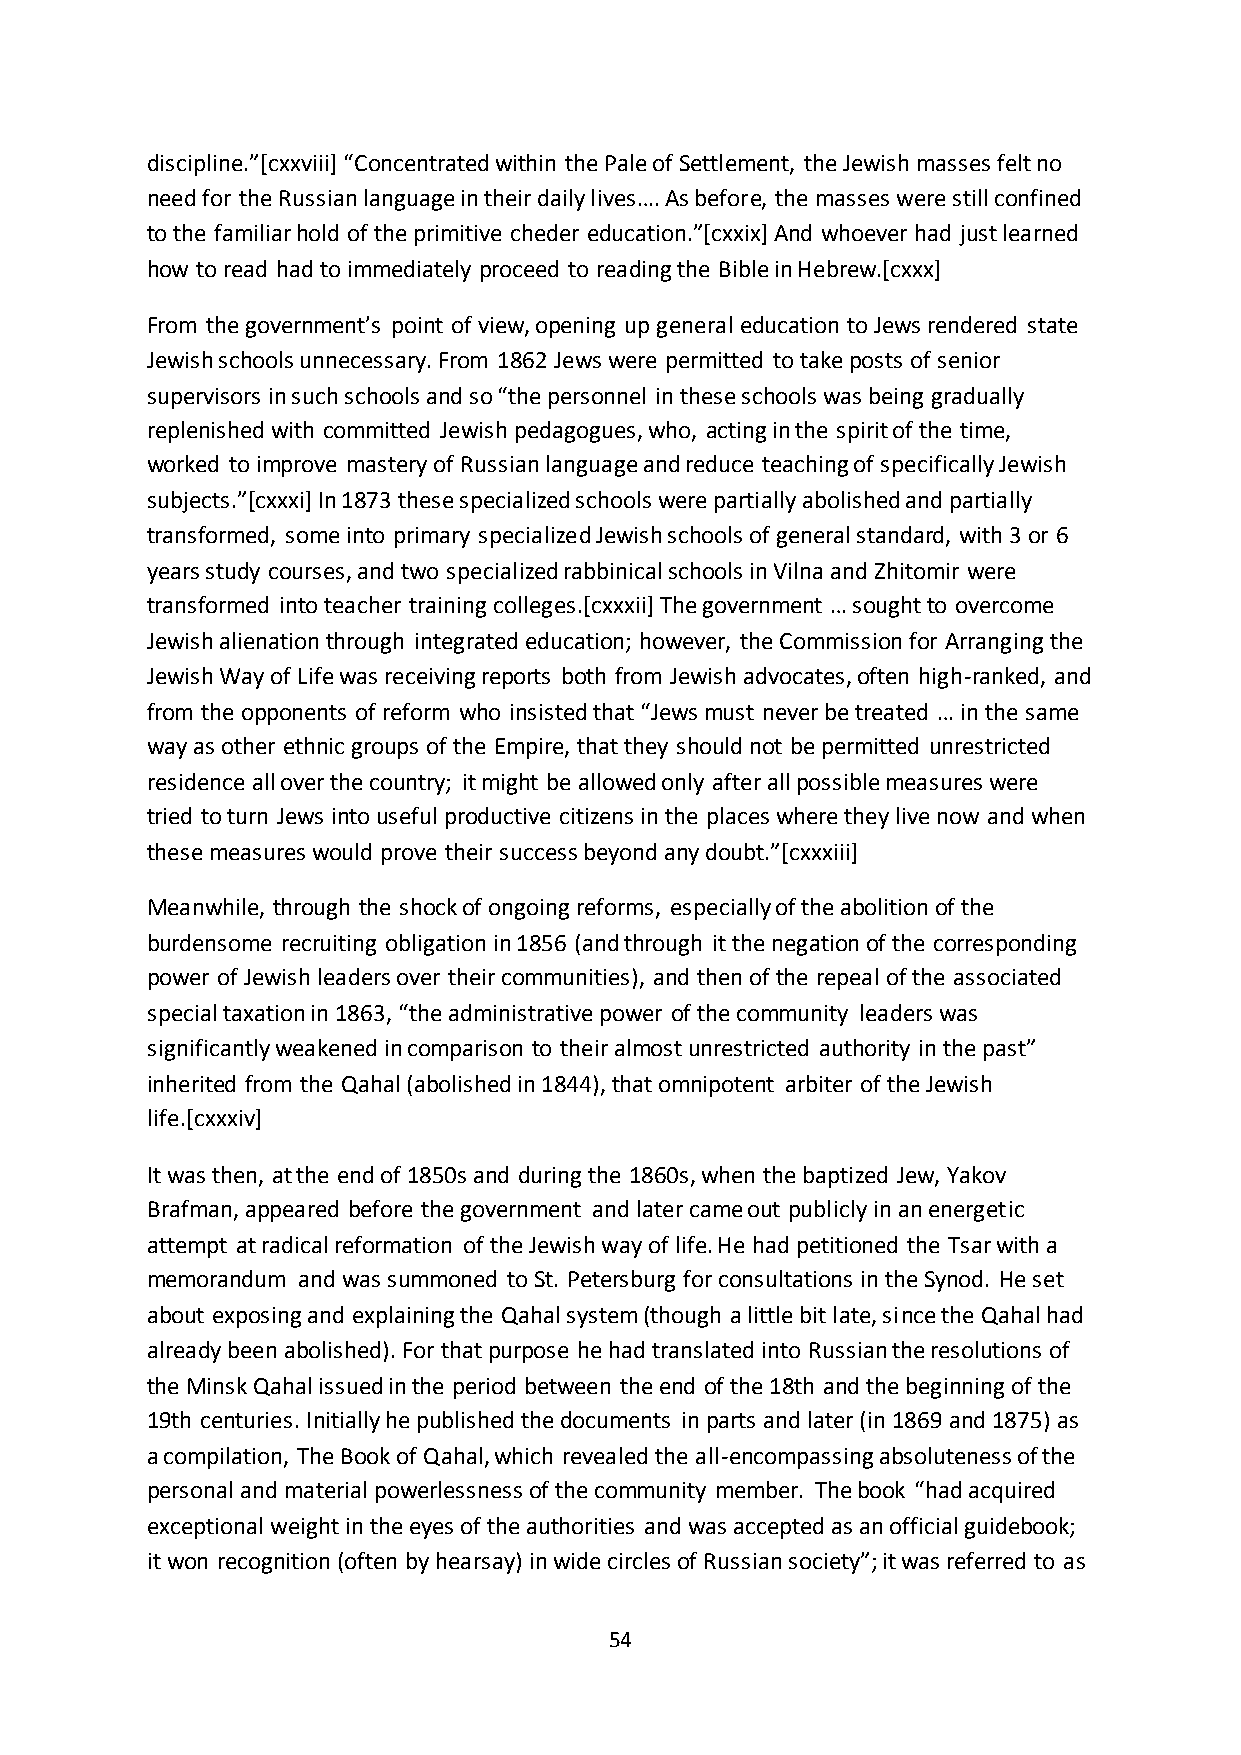
discipline.”*cxxviii+ “Concentrated within the Pale of Settlement, the Jewish masses felt no
 need for the Russian language in their daily lives…. As before, the masses were still confined
 to the familiar hold of the primitive cheder education.”*cxxix+ And whoever had just learned
 how to read had to immediately proceed to reading the Bible in Hebrew.[cxxx]
 From the government’s point of view, opening up general education to Jews rendered state
 Jewish schools unnecessary. From 1862 Jews were permitted to take posts of senior
 supervisors in such schools and so “the personnel in these schools was being gradually
 replenished with committed Jewish pedagogues, who, acting in the spirit of the time,
 worked to improve mastery of Russian language and reduce teaching of specifically Jewish
 subjects.”*cxxxi+ In 1873 these specialized schools were partially abolished and partially
 transformed, some into primary specialized Jewish schools of general standard, with 3 or 6
 years study courses, and two specialized rabbinical schools in Vilna and Zhitomir were
 transformed into teacher training colleges.*cxxxii+ The government … sought to overcome
 Jewish alienation through integrated education; however, the Commission for Arranging the
 Jewish Way of Life was receiving reports both from Jewish advocates, often high-ranked, and
 from the opponents of reform who insisted that “Jews must never be treated … in the same
 way as other ethnic groups of the Empire, that they should not be permitted unrestricted
 residence all over the country; it might be allowed only after all possible measures were
 tried to turn Jews into useful productive citizens in the places where they live now and when
 these measures would prove their success beyond any doubt.”*cxxxiii+
 Meanwhile, through the shock of ongoing reforms, especially of the abolition of the
 burdensome recruiting obligation in 1856 (and through it the negation of the corresponding
 power of Jewish leaders over their communities), and then of the repeal of the associated
 special taxation in 1863, “the administrative power of the community leaders was
 significantly weakened in comparison to their almost unrestricted authority in the past”
 inherited from the Qahal (abolished in 1844), that omnipotent arbiter of the Jewish
 life.[cxxxiv]
 It was then, at the end of 1850s and during the 1860s, when the baptized Jew, Yakov
 Brafman, appeared before the government and later came out publicly in an energetic
 attempt at radical reformation of the Jewish way of life. He had petitioned the Tsar with a
 memorandum and was summoned to St. Petersburg for consultations in the Synod. He set
 about exposing and explaining the Qahal system (though a little bit late, since the Qahal had
 already been abolished). For that purpose he had translated into Russian the resolutions of
 the Minsk Qahal issued in the period between the end of the 18th and the beginning of the
 19th centuries. Initially he published the documents in parts and later (in 1869 and 1875) as
 a compilation, The Book of Qahal, which revealed the all-encompassing absoluteness of the
 personal and material powerlessness of the community member. The book “had acquired
 exceptional weight in the eyes of the authorities and was accepted as an official guidebook;
 it won recognition (often by hearsay) in wide circles of Russian society”; it was referred to as
 54